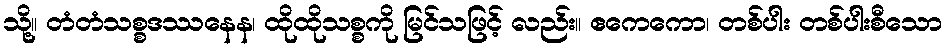
သို့။ တံတံသစ္စဒဿနေန၊ ထိုထိုသစ္စကို မြင်သဖြင့် လည်း။ ဧကေကော၊ တစ်ပါး တစ်ပါးစီသော